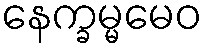
နေက္ခမ္မမေဝ